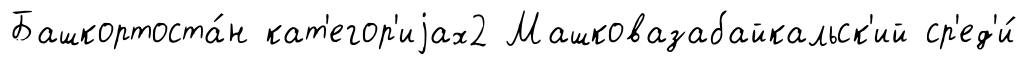
Башкортоста́н кат'егор'иjах2 Машковазабайкальск'ий ср'ед'и́